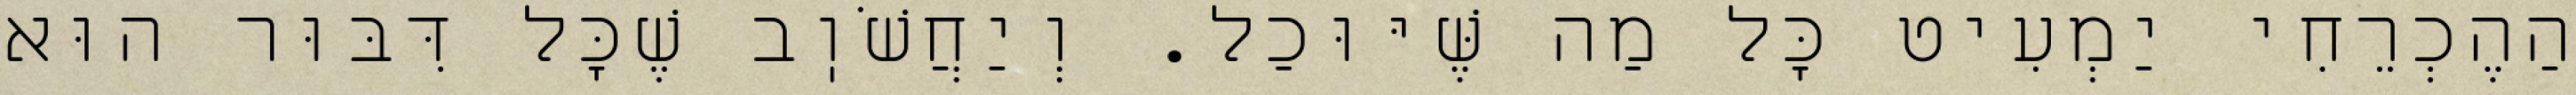
הַהֶכְרֵחִי יַמְעִיט כׇּל מַה שֶּׁיּוּכַל. וְיַחֲשֹׁוֽב שֶׁכׇּל דִּבּוּר הוּא